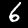
Digit: 6